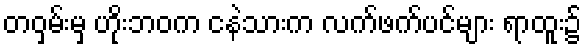
တဝှမ်းမှ ဟိုးဘဝက ငနဲသားက လက်ဖက်ပင်များ ရာထူး၌